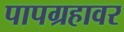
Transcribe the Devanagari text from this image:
पापग्रहावर